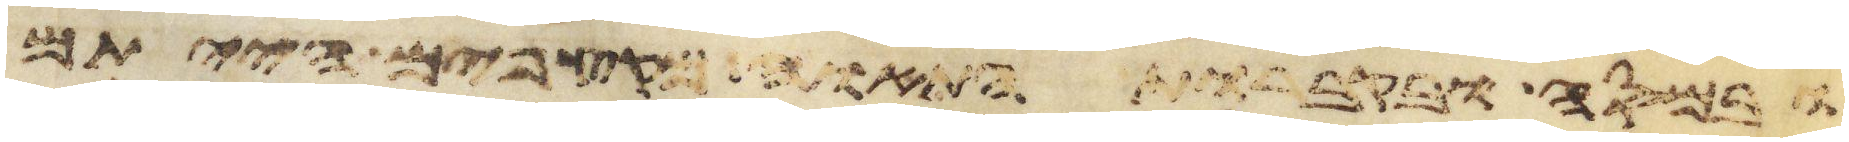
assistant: ובמסה ובקברות התאוה מקצפים הייתם